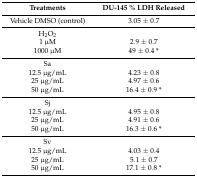
<table><thead><tr><td><b>Treatments</b></td><td><b>DU-145 % LDH Released</b></td></tr></thead><tbody><tr><td>Vehicle DMSO (control)</td><td>3.05 ± 0.7</td></tr><tr><td>H<sub>2</sub>O<sub>2</sub></td><td>[EMPTY_CELL]</td></tr><tr><td>1 μM</td><td>2.9 ± 0.7</td></tr><tr><td>1000 μM</td><td>49 ± 0.4 *</td></tr><tr><td>Sa</td><td>[EMPTY_CELL]</td></tr><tr><td>12.5 μg/mL</td><td>4.23 ± 0.8</td></tr><tr><td>25 μg/mL</td><td>4.97 ± 0.6</td></tr><tr><td>50 μg/mL</td><td>16.4 ± 0.9 *</td></tr><tr><td>Sj</td><td>[EMPTY_CELL]</td></tr><tr><td>12.5 μg/mL</td><td>4.95 ± 0.8</td></tr><tr><td>25 μg/mL</td><td>4.91 ± 0.6</td></tr><tr><td>50 μg/mL</td><td>16.3 ± 0.6 *</td></tr><tr><td>Sv</td><td>[EMPTY_CELL]</td></tr><tr><td>12.5 μg/mL</td><td>4.03 ± 0.4</td></tr><tr><td>25 μg/mL</td><td>5.1 ± 0.7</td></tr><tr><td>50 μg/mL</td><td>17.1 ± 0.8 *</td></tr></tbody></table>